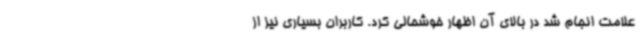
علامت انجام شد در بالای آن اظهار خوشحالی کرد. کاربران بسیاری نیز از